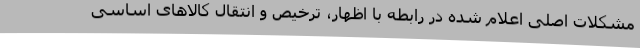
مشکلات اصلی اعلام شده در رابطه با اظهار، ترخیص و انتقال کالاهای اساسی